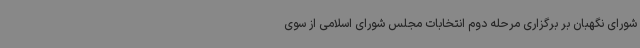
شورای نگهبان بر برگزاری مرحله دوم انتخابات مجلس شورای اسلامی از سوی